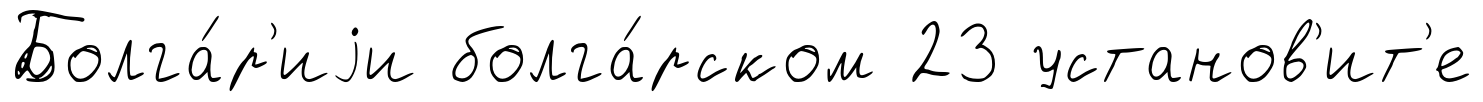
Болга́р'иjи болга́рском 23 установ'ит'е